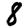
Digit: 8